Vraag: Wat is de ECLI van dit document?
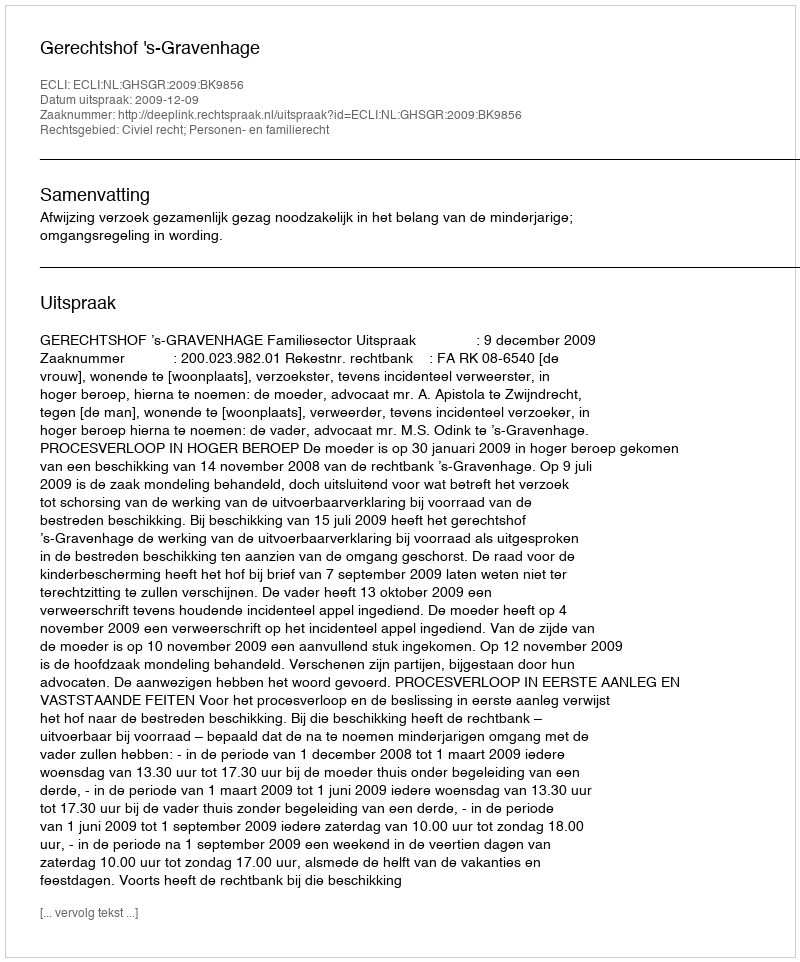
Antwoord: ECLI:NL:GHSGR:2009:BK9856